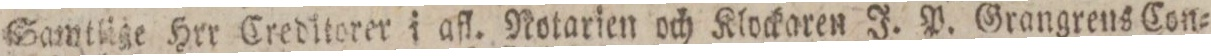
Samtlige Hrr Creditorer i afl. Notarien och Klockaren J. P. Grangrens Con=